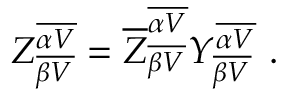
{ \cal Z } _ { \overline { { { \beta V } } } } ^ { \overline { { { \alpha V } } } } = { \overline { { Z } } } _ { \overline { { { \beta V } } } } ^ { \overline { { { \alpha V } } } } { \cal Y } _ { \overline { { { \beta V } } } } ^ { \overline { { { \alpha V } } } } ~ .